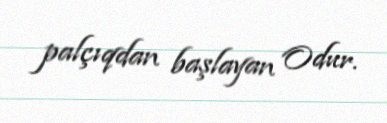
palçıqdan başlayan Odur.